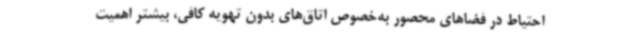
احتیاط در فضاهای محصور به‌خصوص اتاق‌های بدون تهویه کافی، بیشتر اهمیت